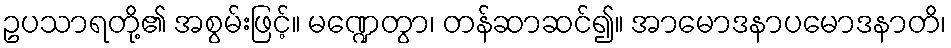
ဥပသာရတို့၏ အစွမ်းဖြင့်။ မဏ္ဍေတွာ၊ တန်ဆာဆင်၍။ အာမောဒနာပမောဒနာတိ၊